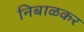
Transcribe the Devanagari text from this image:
निबाळकर